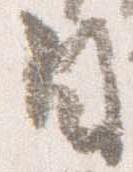
白